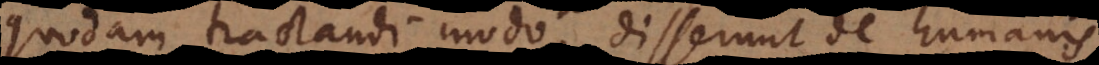
quodam tractandi modo, disserunt de humanis